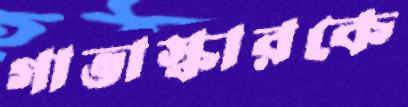
গাভাস্কারকে